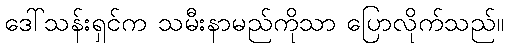
ဒေါ်သန်းရှင်က သမီးနာမည်ကိုသာ ပြောလိုက်သည်။